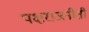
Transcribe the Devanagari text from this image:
पक्षराजनीती